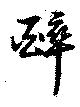
醉